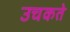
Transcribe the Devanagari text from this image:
उचकते